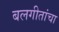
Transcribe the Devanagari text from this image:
बलगीतांचा